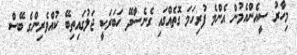
މިހާރު ސީއެންއެމުން އެންމެ ފުރިހަމަ ގޮތެއްގައި ގެނެސްދޭ ހަބަރަކީ ޖަލުގައިތިބޭ ކުއްވެރިންގެ ބޭސް